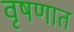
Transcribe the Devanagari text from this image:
वृषणात